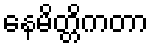
နေမိတ္တိကတာ